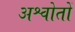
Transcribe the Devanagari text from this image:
अश्वोतों